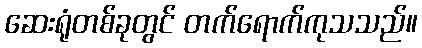
ဆေးရုံတစ်ခုတွင် တက်ရောက်ကုသသည်။